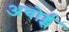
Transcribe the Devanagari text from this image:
अवोर्ड्स